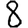
Digit: 8